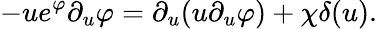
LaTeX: -ue^{\varphi}\partial_{u}\varphi=\partial_{u}(u\partial_{u}\varphi)+\chi\delta(u).